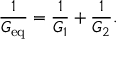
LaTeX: { \frac { 1 } { G _ { \mathrm { e q } } } } = { \frac { 1 } { G _ { 1 } } } + { \frac { 1 } { G _ { 2 } } } .